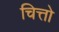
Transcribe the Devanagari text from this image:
चित्तो